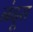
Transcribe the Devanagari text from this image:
नंदूरा